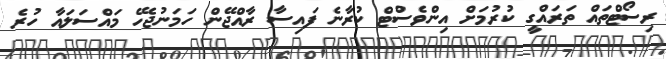
ރިސޯޓްތައް ތަރައްގީ ކުރުމަށް އިންވެސްޓް ކުރާނެ ފައިސާ ރާއްޖޭން ހަމަނުޖެހޭ މައްސަލައާ ހުރެ